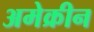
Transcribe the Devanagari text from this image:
अमेक्रीन